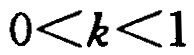
\(0<k<1\)